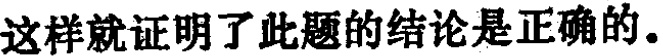
这样就证明了此题的结论是正确的.